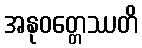
အနုဝတ္တေဿတိ